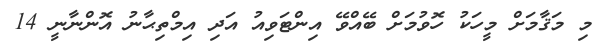
މި މަޤާމަށް މީހަކު ހޮވުމަށް ބޭއްވޭ އިންޓަވިއު އަދި އިމްތިޙާނު އޮންނާނީ 14